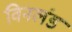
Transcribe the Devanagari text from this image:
विनलंड